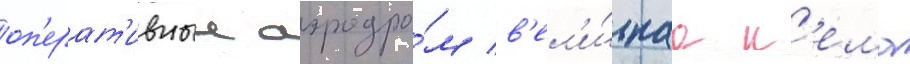
оп'ерат'ивныи аэродро́м в'ел'и́каа к'ема